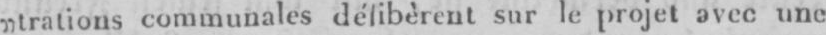
„trations communales délibèrent sur le projet avec une